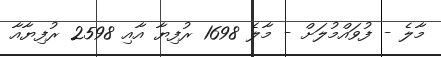
މާލެ - ފުވައްމުލަށް - މާލެ 1698 ރުފިޔާ އާއި 2598 ރުފިޔާއާ